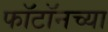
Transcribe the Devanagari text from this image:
फॉटॉनच्या